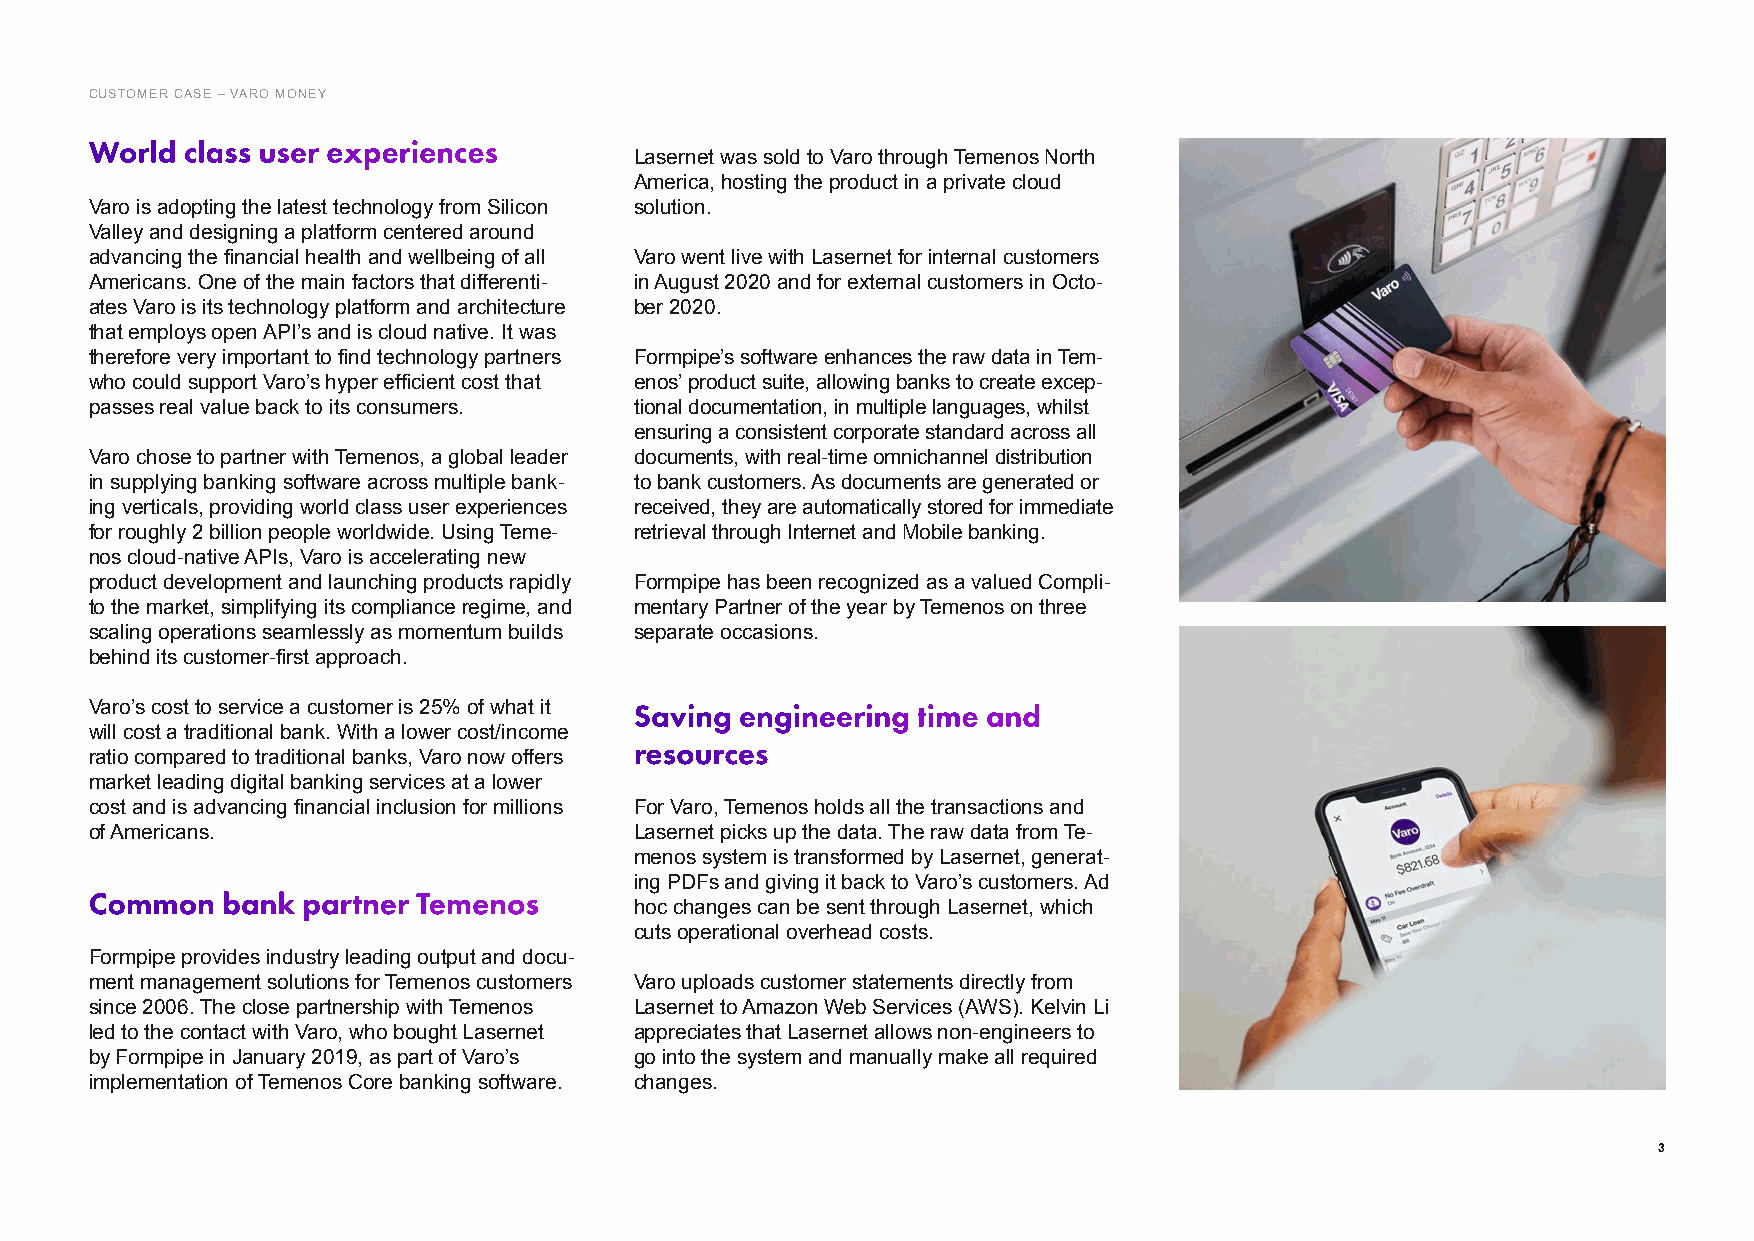
CUSTOMER CASE – VARO MONEY
 World class user experiences
 Lasernet was sold to Varo through Temenos North
 America, hosting the product in a private cloud
 Varo is adopting the latest technology from Silicon solution.
 Valley and designing a platform centered around
 advancing the financial health and wellbeing of all Varo went live with Lasernet for internal customers
 Americans. One of the main factors that differenti- in August 2020 and for external customers in Octo-
 ates Varo is its technology platform and architecture ber 2020.
 that employs open API’s and is cloud native. It was
 therefore very important to find technology partners Formpipe’s software enhances the raw data in Tem-
 who could support Varo’s hyper efficient cost that enos’ product suite, allowing banks to create excep-
 passes real value back to its consumers. tional documentation, in multiple languages, whilst
 ensuring a consistent corporate standard across all
 Varo chose to partner with Temenos, a global leader documents, with real-time omnichannel distribution
 in supplying banking software across multiple bank- to bank customers. As documents are generated or
 ing verticals, providing world class user experiences received, they are automatically stored for immediate
 for roughly 2 billion people worldwide. Using Teme- retrieval through Internet and Mobile banking.
 nos cloud-native APIs, Varo is accelerating new
 product development and launching products rapidly Formpipe has been recognized as a valued Compli-
 to the market, simplifying its compliance regime, and mentary Partner of the year by Temenos on three
 scaling operations seamlessly as momentum builds separate occasions.
 behind its customer-first approach.
 Varo’s cost to service a customer is 25% of what it Saving engineering time and
 will cost a traditional bank. With a lower cost/income
 resources
 ratio compared to traditional banks, Varo now offers
 market leading digital banking services at a lower
 cost and is advancing financial inclusion for millions For Varo, Temenos holds all the transactions and
 of Americans.                       Lasernet picks up the data. The raw data from Te-
 menos system is transformed by Lasernet, generat-
 ing PDFs and giving it back to Varo’s customers. Ad
 Common   bank partner Temenos
 hoc changes can be sent through Lasernet, which
 cuts operational overhead costs.
 Formpipe provides industry leading output and docu-
 ment management solutions for Temenos customers Varo uploads customer statements directly from
 since 2006. The close partnership with Temenos Lasernet to Amazon Web Services (AWS). Kelvin Li
 led to the contact with Varo, who bought Lasernet appreciates that Lasernet allows non-engineers to
 by Formpipe in January 2019, as part of Varo’s go into the system and manually make all required
 implementation of Temenos Core banking software. changes.
 3